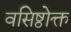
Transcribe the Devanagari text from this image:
वसिष्ठोक्त